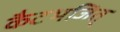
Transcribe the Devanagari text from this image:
कैटभजित्